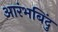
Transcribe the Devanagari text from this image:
आरंभबिंदु